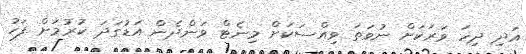
އަދި ދިހަ ވަރަކަށް ނުވަތަ ވިއްސަކަށް މިނެޓް ވަންދެން އަޑުގަދަ ކުރުމަށް ފަހު